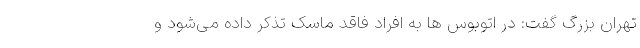
تهران بزرگ گفت: در اتوبوس ها به افراد فاقد ماسک تذکر داده می‌شود و